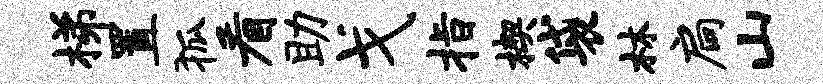
梯置狐看助戈指楔袋林扃山